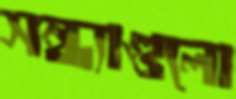
সন্ধ্যাগুলো